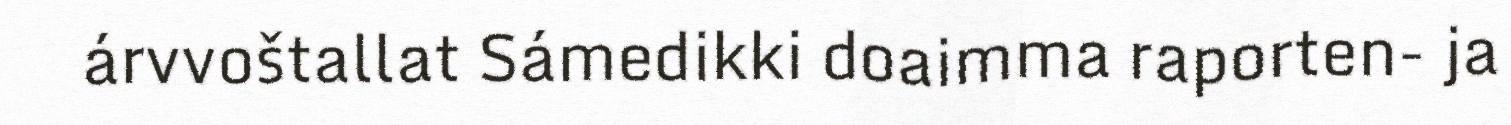
árvvoštallat Sámedikki doaimma raporten- ja